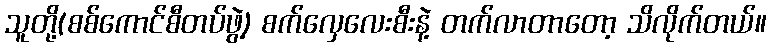
သူတို့(စစ်ကောင်စီတပ်ဖွဲ့) စက်လှေလေးစီးနဲ့ တက်လာတာတော့ သိလိုက်တယ်။